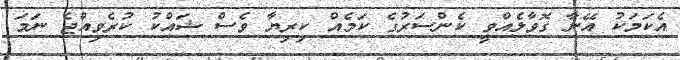
އެކަމަކު އޭނާ ގޮވާލެއްވީ ކެންސަރުގެ ކަމެއް ކިރިޔާ ވެސް ޝައްކު ކުރެވިއްޖެ ނަމަ